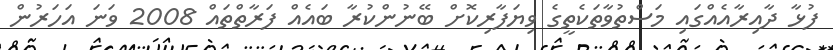
ފުޅާ ދާއިރާއެއްގައި މަސްތުވާތަކެތީގެ ވިޔަފާރިކޮށް ބޭނުންކުރާ ބައެއް ފަރާތްތައް 2008 ވަނަ އަހަރުން